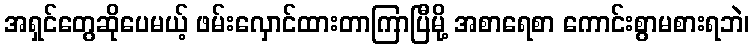
အရှင်တွေဆိုပေမယ့် ဖမ်းလှောင်ထားတာကြာပြီမို့ အစာရေစာ ကောင်းစွာမစားရဘဲ၊